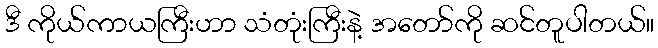
ဒီ ကိုယ်ကာယကြီးဟာ သံတုံးကြီးနဲ့ အတော်ကို ဆင်တူပါတယ်။